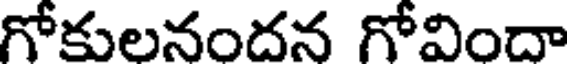
గోకులనందన గోవిందా